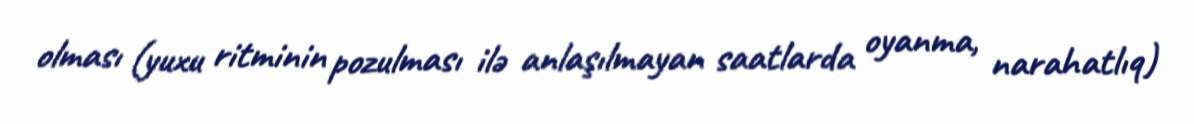
olması (yuxu ritminin pozulması ilə anlaşılmayan saatlarda oyanma, narahatlıq)